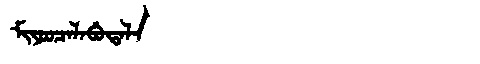
Manchu: ᠮᡳᠶᠣᠣᠴᠠᠯᠠᠪᡠᡨᠠᠯᠠ
Romanization: MIYOOCALABUTALA